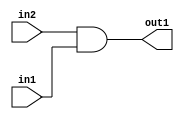
`timescale 1ps / 1ps
/*****************************************************************************
    Verilog RTL Description
    
    
    Created by: Stratus DpOpt 2019.1.01 
*******************************************************************************/

module SobelFilter_And_1Ux1U_1U_4 (
	in2,
	in1,
	out1
	); /* architecture "behavioural" */ 
input  in2,
	in1;
output  out1;
wire  asc001;

assign asc001 = 
	(in2)
	&(in1);

assign out1 = asc001;
endmodule

/* CADENCE  urf3Sg0= : u9/ySgnWtBlWxVPRXgAZ4Og= ** DO NOT EDIT THIS LINE ******/